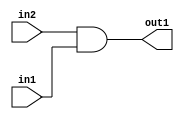
`timescale 1ps / 1ps
/*****************************************************************************
    Verilog RTL Description
    
    
    Created by: Stratus DpOpt 2019.1.01 
*******************************************************************************/

module SobelFilter_And_1Ux1U_1U_4 (
	in2,
	in1,
	out1
	); /* architecture "behavioural" */ 
input  in2,
	in1;
output  out1;
wire  asc001;

assign asc001 = 
	(in2)
	&(in1);

assign out1 = asc001;
endmodule

/* CADENCE  urf3Sg0= : u9/ySgnWtBlWxVPRXgAZ4Og= ** DO NOT EDIT THIS LINE ******/